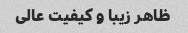
ظاهر زیبا و کیفیت عالی